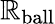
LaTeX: \mathbb{R}_{\mathrm{{ball}}}